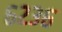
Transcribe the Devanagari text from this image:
६२३६